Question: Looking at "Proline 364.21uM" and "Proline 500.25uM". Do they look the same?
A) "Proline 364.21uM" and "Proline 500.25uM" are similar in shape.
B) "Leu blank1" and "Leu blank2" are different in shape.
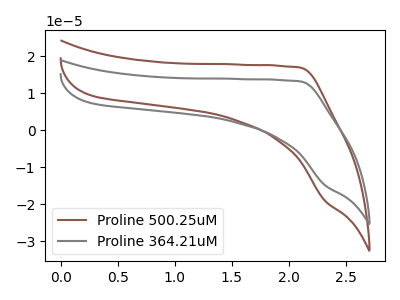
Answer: <think>The brown curve "Proline 500.25uM" has no peaks. The gray curve "Proline 364.21uM" has no peaks.
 Neither "Proline 364.21uM" or "Proline 500.25uM" have any peaks.</think>
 <answer>A) "Proline 364.21uM" and "Proline 500.25uM" are similar in shape.</answer>
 <eval>A</eval>